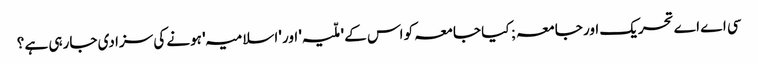
سی اے اے تحریک اور جامعہ ; کیا جامعہ کو اس کے 'ملّیہ' اور 'اسلامیہ' ہونے کی سزا دی جارہی ہے ؟